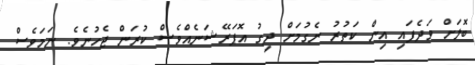
ބޮލަށް ވަދެފައި އިން ކަތުރު ނެގުމަށް ދިގު އޮޕަރޭޝަނެއްވެސް ކުރަން ޖެހުނެވެ. ނަމަވެސް